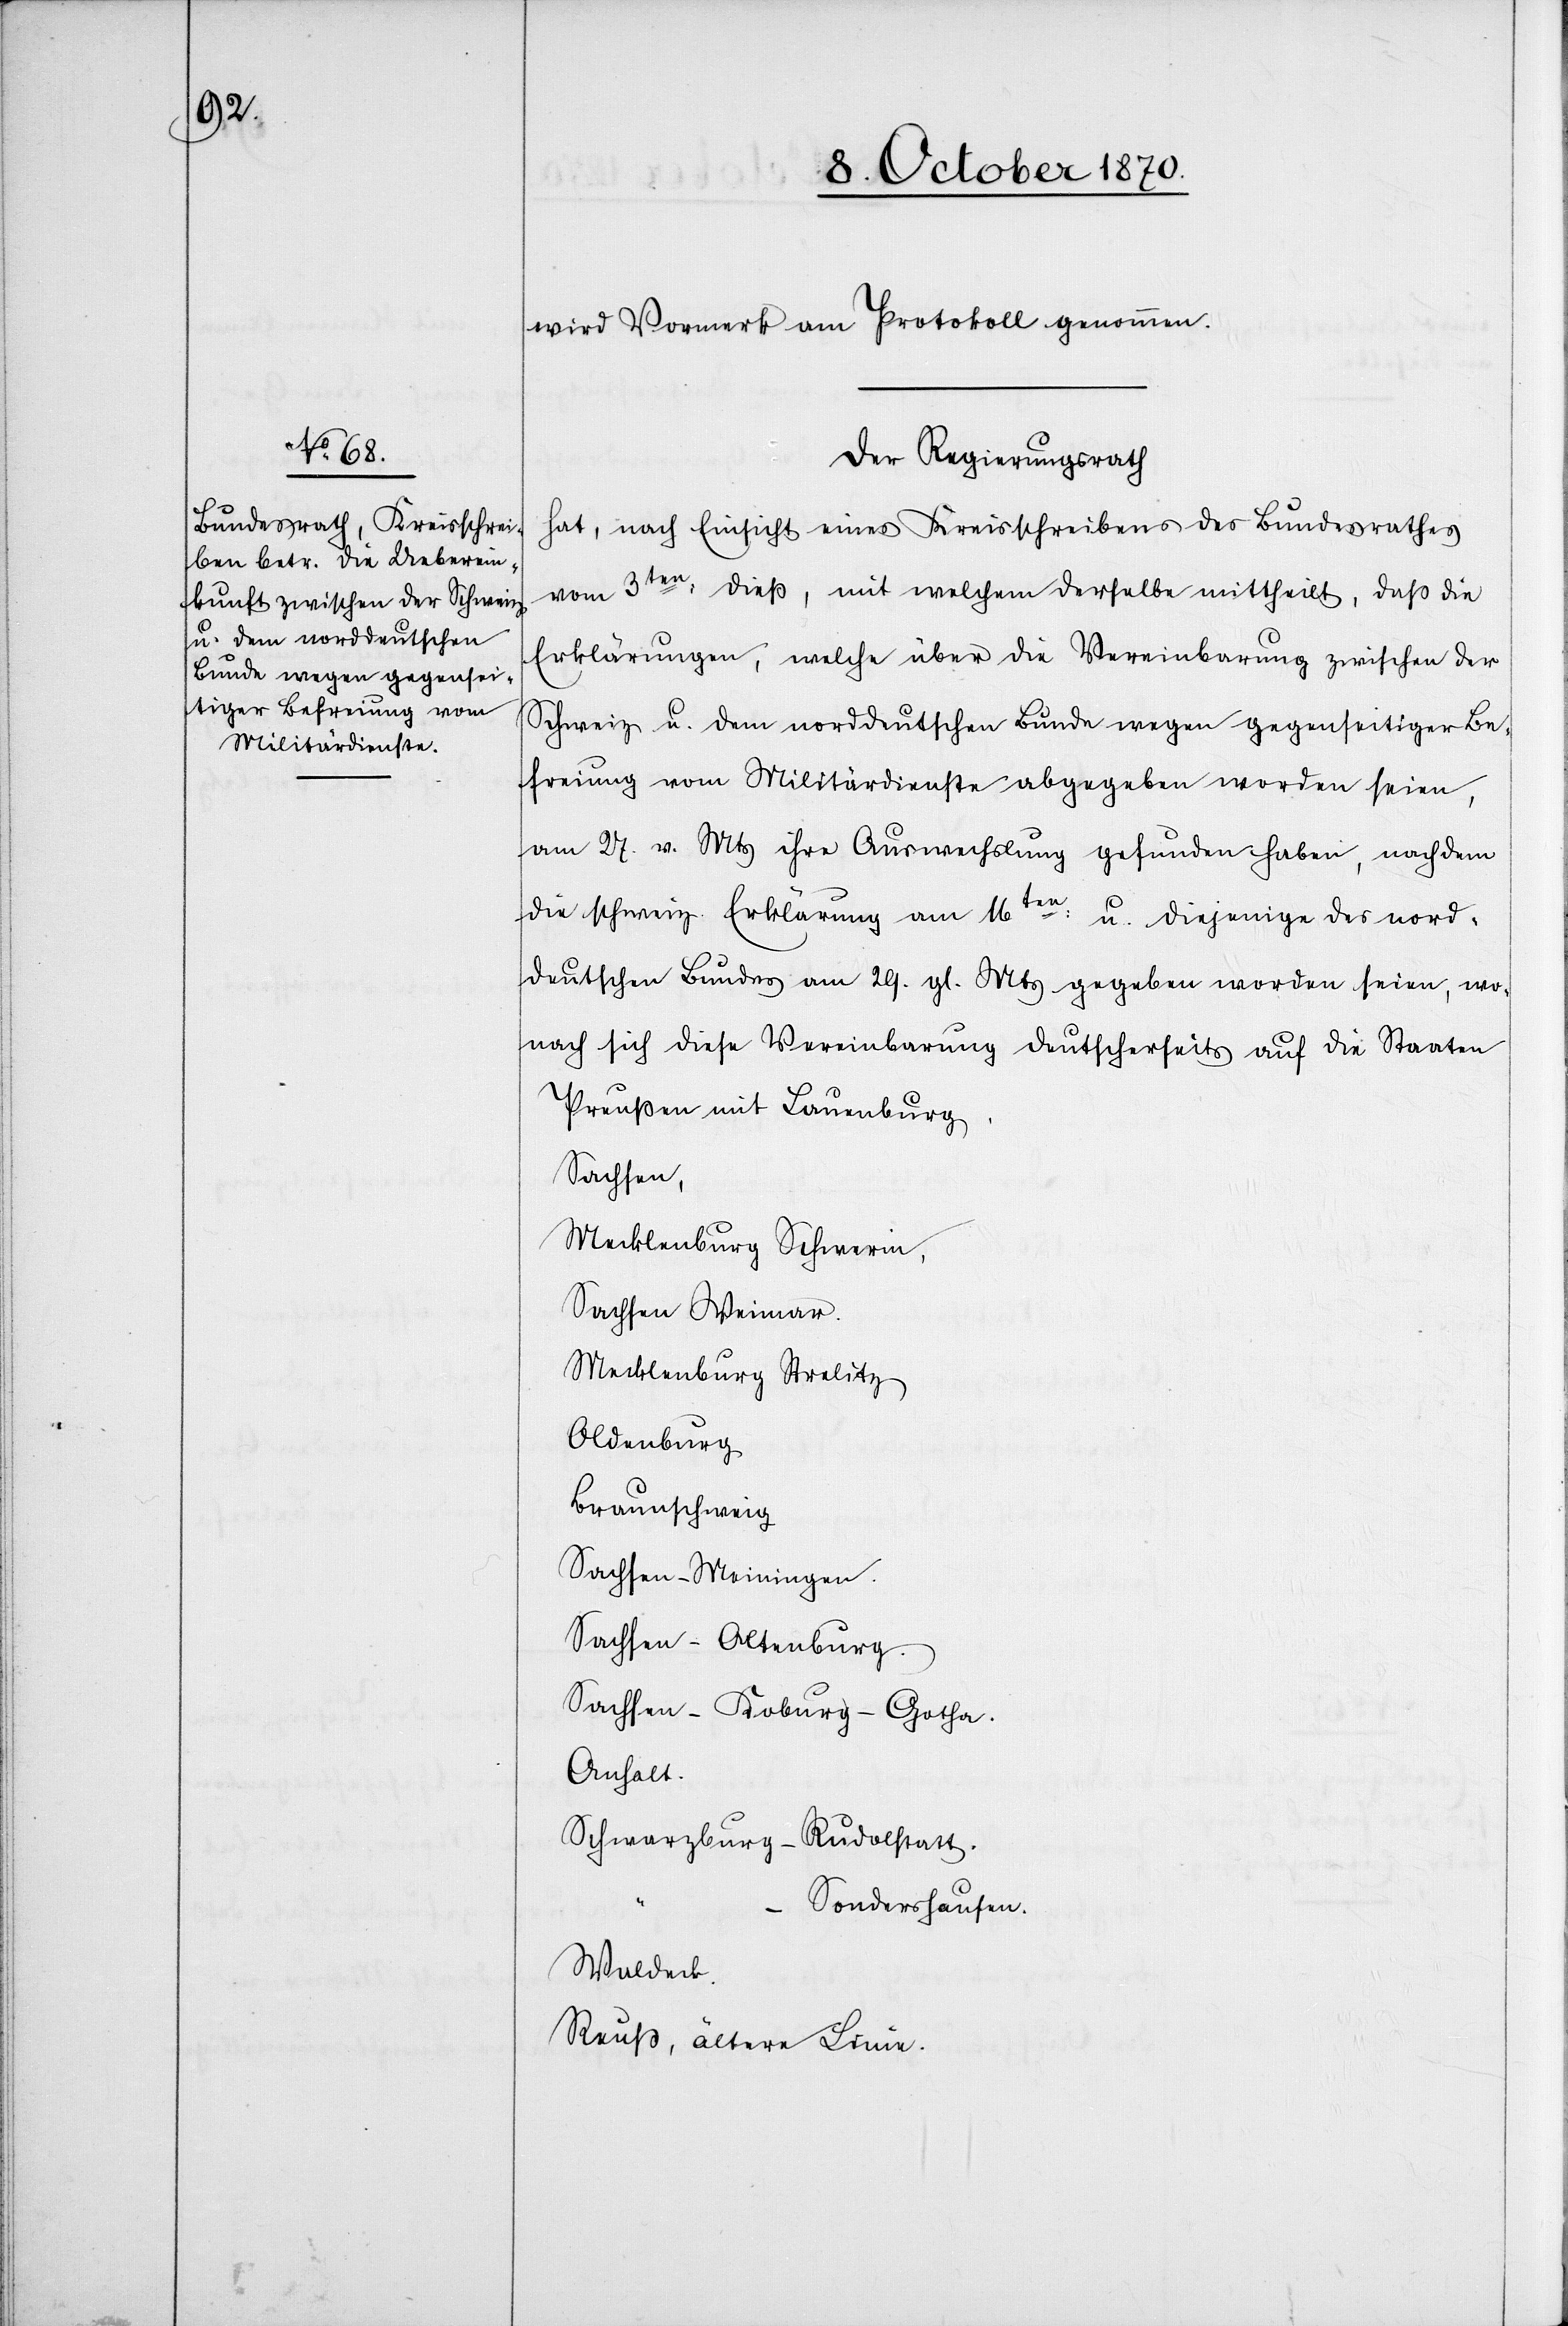
wird Vormerk am Protokoll genommen.
Der Regierungsrath
hat, nach Einsicht eines Kreisschreibens des Bundesrathes
vom 3ten: dieß, mit welchem derselbe mittheilt, daß die
Erklärungen, welche über die Vereinbarung zwischen der
Schweiz u. dem norddeutschen Bunde wegen gegenseitiger Be¬
freiung vom Militärdienste abgegeben worden seien,
am 27. v. Mts. ihre Auswechslung gefunden haben, nachdem
die schweiz. Erklärung am 16ten:
u. diejenige des nord¬
deutschen Bundes am 29. gl. Mts gegeben worden seien, wo¬
nach sich diese Vereinbarung deutscherseits auf die Staaten
Preußen mit Bauenburg,
Sachsen
Mecklenburg Schwerin,
Sachsen Weimar,
Mecklenburg Strelitz
Oldenburg
Braunschweig
Sachsen - Meiningen
Sachsen - Altenburg
Sachsen - Koburg - Gotha.
Anhalt
Schwarzburg - Rudolfstatt.
Sonderhausen.
Waldeck.
Reuß, ältere Linie.